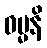
ဓမ္မနိ